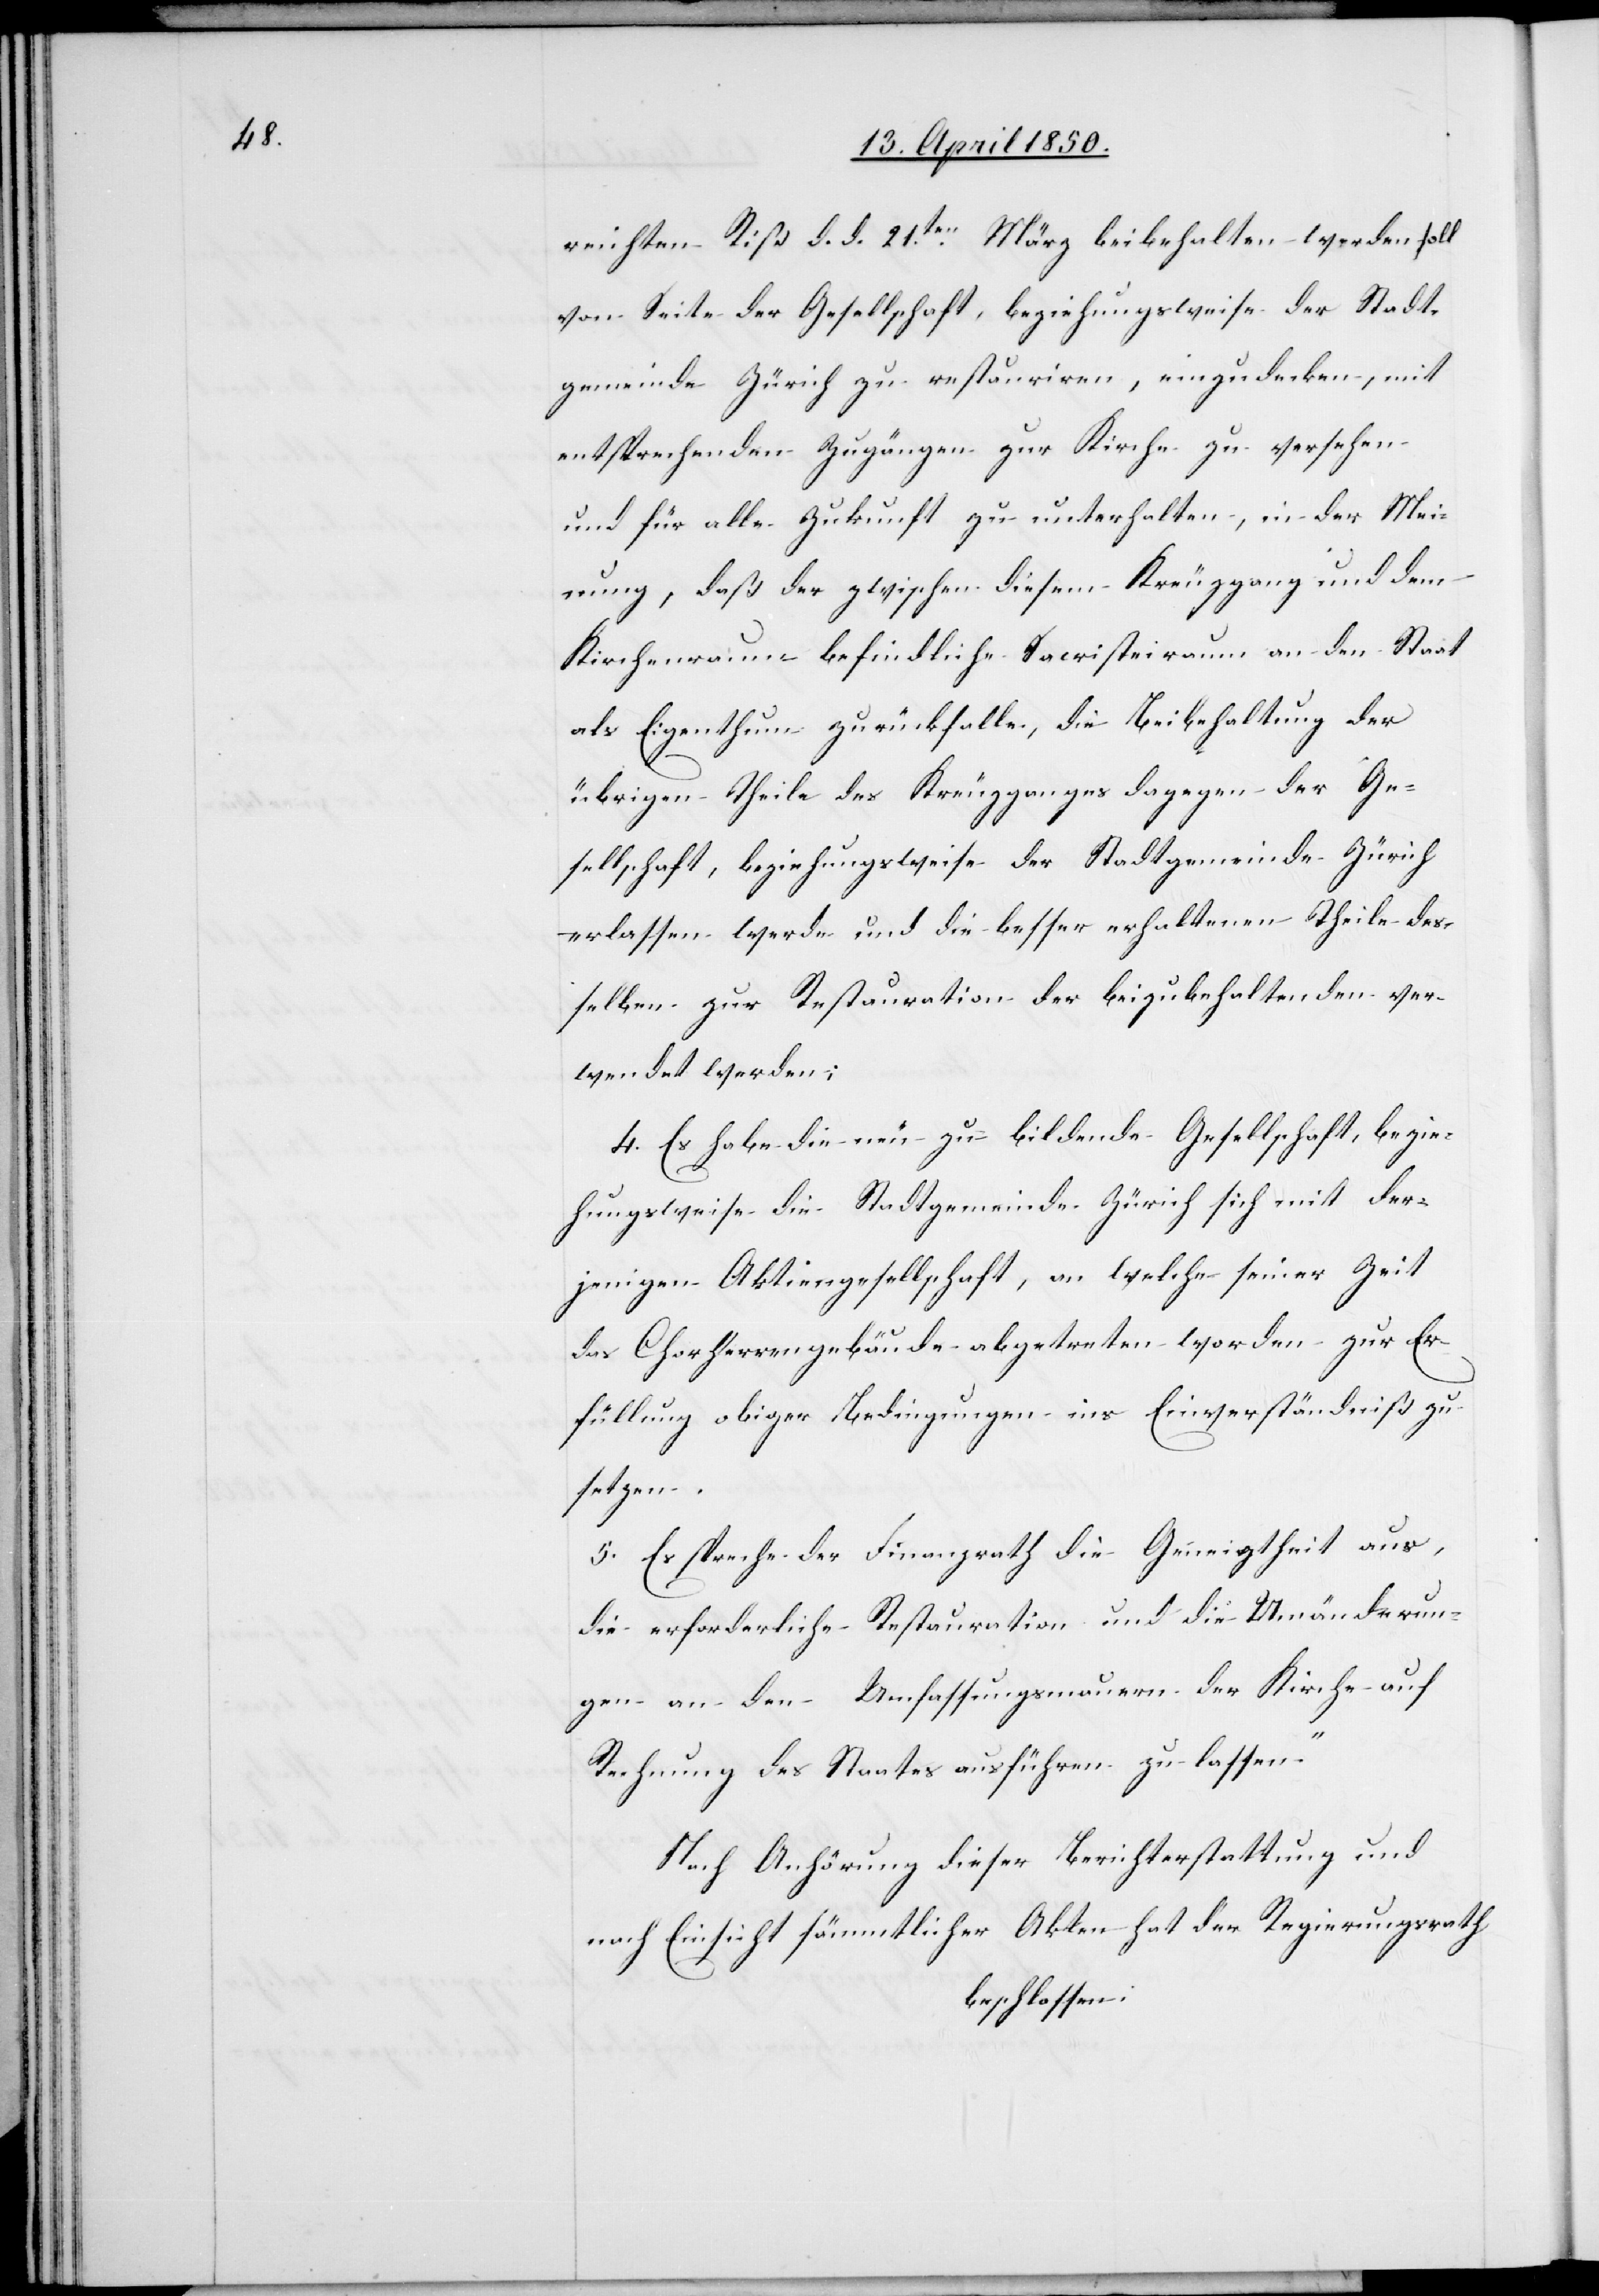
reichten Riß d. d. 21ten März beibehalten werden soll
von Seite der Gesellschaft, beziehungsweise der Stadt¬
gemeinde Zürich zu restauriren, einzudecken, mit
entsprechenden Zugängen zur Kirche zu versehen
und für alle Zukunft zu unterhalten, in der Mei¬
nung, daß der zwischen diesem Kreuzgang und dem
Kirchenraum befindliche Sacristeiraum an den Staat
als Eigenthum zurückfalle, die Beibehaltung der
übrigen Theile des Kreuzganges dagegen der Ge¬
sellschaft, beziehungsweise der Stadtgemeinde Zürich
erlassen werde und die besser erhaltenen Theile des¬
selben zur Restauration der beizubehaltenden ver¬
wendet werden;
4. Es habe die neu zu bildende Gesellschaft, bezie¬
hungsweise die Stadtgemeinde Zürich sich mit der¬
jenigen Aktiengesellschaft, an welche seiner Zeit
das Chorherrengebäude abgetreten worden zur Er¬
füllung obiger Bedingungen ins Einverständniß zu
setzen.
5. Es spreche der Finanzrath die Geneigtheit aus,
[„]die erforderliche Restauration und die Umänderun¬
gen an den Umfassungsmauern der Kirche auf
Rechnung des Staates ausführen zu lassen.“
Nach Anhörung dieser Berichterstattung und
nach Einsicht sämmtlicher Akten hat der Regierungsrath
beschlossen: